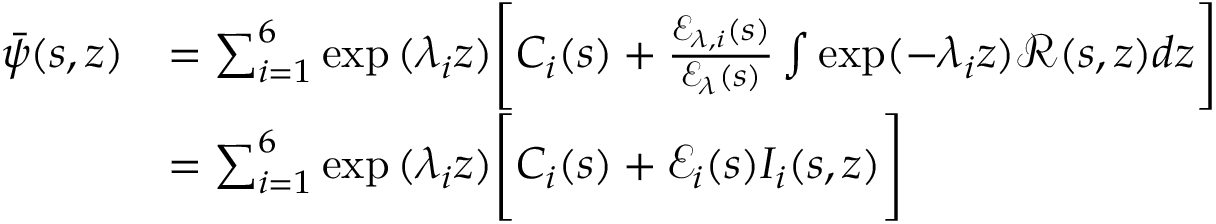
\begin{array} { r l } { \bar { \psi } ( s , z ) } & { = \sum _ { i = 1 } ^ { 6 } \exp { ( \lambda _ { i } z ) } \Bigg [ C _ { i } ( s ) + \frac { \mathscr { E } _ { \lambda , i } ( s ) } { \mathscr { E } _ { \lambda } ( s ) } \int \exp ( - \lambda _ { i } z ) \mathscr { R } ( s , z ) d z \Bigg ] } \\ & { = \sum _ { i = 1 } ^ { 6 } \exp { ( \lambda _ { i } z ) } \Bigg [ C _ { i } ( s ) + \mathscr { E } _ { i } ( s ) I _ { i } ( s , z ) \Bigg ] } \end{array}